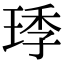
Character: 㻑